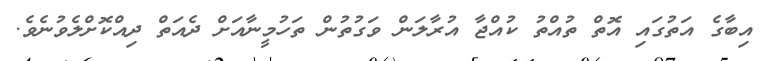
އިބާގެ އަތުގައި އޮތް ތުއްތު ކުއްޖާ އުރާލަން ވަގުތުން ތަހުމީނާއަށް ދެއަތް ދިއްކޮށްލެވުނެވެ.